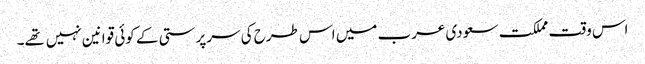
اس وقت مملکت سعودی عرب میں اس طرح کی سرپرستی کے کوئی قوانین نہیں تهے۔